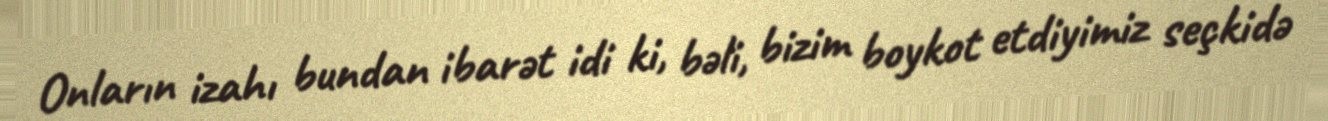
Onların izahı bundan ibarət idi ki, bəli, bizim boykot etdiyimiz seçkidə